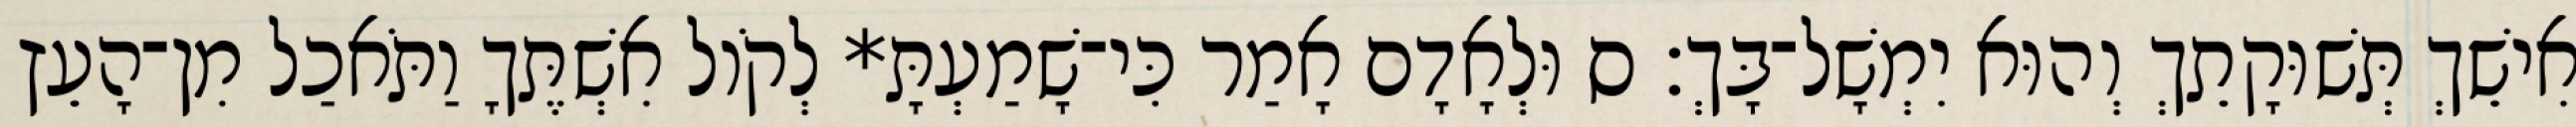
אִישֵׁךְ תְּשׁוּקָתֵךְ וְהוּא יִמְשָׁל־בָּךְ׃ ס וּלְאָדָם אָמַר כִּי־שָׁמַעְתָּ* לְקֹול אִשְׁתֶּךָ וַתֹּאכַל מִן־הָעֵץ